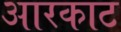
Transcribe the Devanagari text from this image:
आरकाट